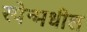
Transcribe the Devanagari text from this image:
स्पेन्मधील